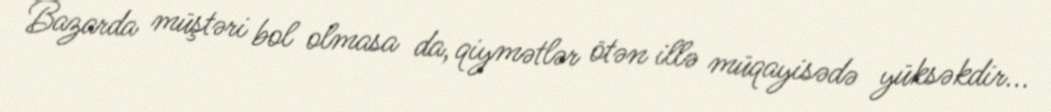
Bazarda müştəri bol olmasa da, qiymətlər ötən illə müqayisədə yüksəkdir...